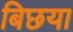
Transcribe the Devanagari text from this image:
बिछया